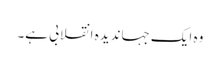
وہ ایک جہاندیدہ انقلابی ہے۔